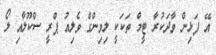
އޭ ފަޅިން ވާދަކުރާ ޓީމް ތަކަކީ ލިވިންގް ވެލިއު ޕްރީ ސްކޫލާއި ލޯ